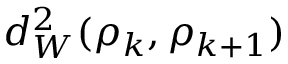
d _ { W } ^ { 2 } ( \rho _ { k } , \rho _ { k + 1 } )